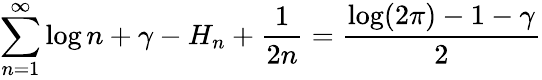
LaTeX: \sum_{n=1}^{\infty}\log n+\gamma-H_{n}+{\frac{1}{2n}}={\frac{\log(2\pi)-1-\gamma}{2}}